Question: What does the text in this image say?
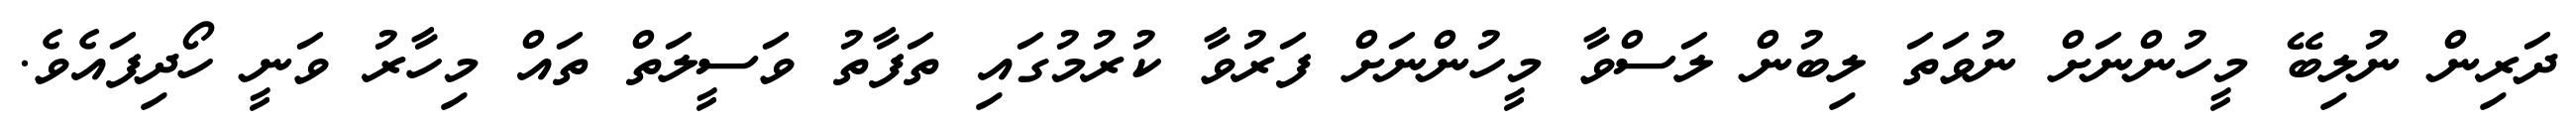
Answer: ދަރިން ނުލިބޭ މީހުންނަށް ނުވަތަ ލިބުން ލަސްވާ މީހުންނަށް ފަރުވާ ކުރުމުގައި ތަފާތު ވަސީލަތް ތައް މިހާރު ވަނީ ހޯދިފައެވެ.